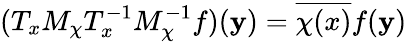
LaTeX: (T_{x}M_{\chi}T_{x}^{-1}M_{\chi}^{-1}f)(\mathbf{y})={\overline{{{\chi(x)}}}}f(\mathbf{y})